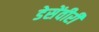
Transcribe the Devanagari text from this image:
डेसेंवीरी